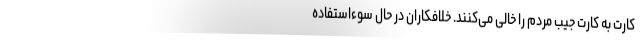
کارت به کارت جیب مردم را خالی می‌کنند. خلافکاران در حال سوءاستفاده